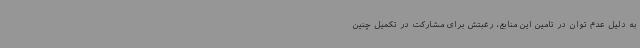
به دلیل عدم توان در تامین این منابع، رغبتش برای مشارکت در تکمیل چنین